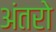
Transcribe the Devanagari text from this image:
अंतरो